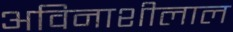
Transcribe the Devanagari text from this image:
अविनाशीलाल